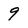
Character: 9